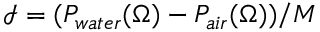
\mathcal { I } = ( P _ { w a t e r } ( \Omega ) - P _ { a i r } ( \Omega ) ) / M